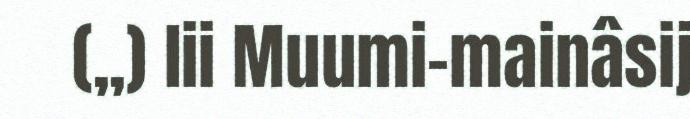
(,,) lii Muumi-mainâsij